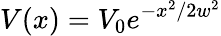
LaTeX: V(x)=V_{0}e^{-x^{2}/2w^{2}}